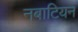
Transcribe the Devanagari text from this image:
नबाटियन